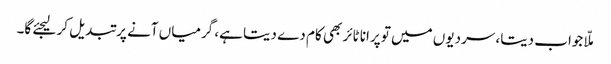
ملّا جواب دیتا، سردیوں میں تو پرانا ٹائر بھی کام دے دیتا ہے، گرمیاں آنے پر تبدیل کر لیجئے گا۔